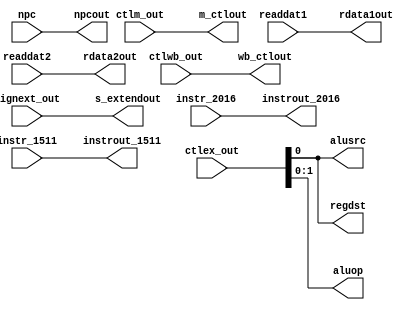
`timescale 1ns / 1ps

/**Lab2 */

module ID_Extend(
    input wire [1:0] ctlwb_out,
    input wire [2:0] ctlm_out,
    input wire [3:0] ctlex_out,    //unconnected port
    input wire [31:0] npc, readdat1, readdat2, signext_out,
    input wire [4:0] instr_2016, instr_1511,
    output reg [1:0] wb_ctlout,
    output reg [2:0] m_ctlout,
    output reg regdst, alusrc,
    output reg [1:0] aluop,
    output reg [31:0] npcout, rdata1out, rdata2out, s_extendout,
    output reg [4:0] instrout_2016, instrout_1511
    );
        initial begin
            wb_ctlout <= 0;
            m_ctlout <= 0;
            regdst <= 0;
            aluop <= 0;
            alusrc <= 0;
            npcout <= 0;
            rdata1out <= 0;
            rdata2out <= 0;
            s_extendout <= 0;
            instrout_2016 <= 0;
            instrout_1511 <= 0;
        end
        
        always @* begin
            #1
            wb_ctlout <= ctlwb_out;
            m_ctlout <= ctlm_out;
            regdst <= ctlex_out;
            aluop <= ctlex_out;
            alusrc <= ctlex_out;
            npcout <= npc;
            rdata1out <= readdat1;
            rdata2out <= readdat2;
            s_extendout <= signext_out;
            instrout_2016 <= instr_2016;
            instrout_1511 <= instr_1511;
        end
endmodule